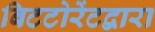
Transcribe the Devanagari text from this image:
बिटटोरेंटद्वारा